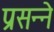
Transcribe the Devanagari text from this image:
प्रसन्ने